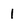
Character: 1